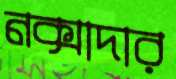
নক্সাদার